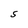
Character: S